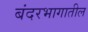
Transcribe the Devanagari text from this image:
बंदरभागातील